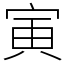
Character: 寅